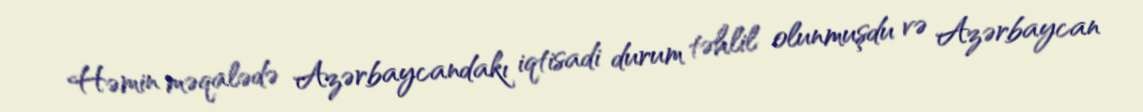
Həmin məqalədə Azərbaycandakı iqtisadi durum təhlil olunmuşdu və Azərbaycan